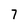
Character: 7